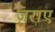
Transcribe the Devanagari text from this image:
ज़राए